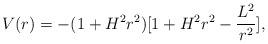
LaTeX: \begin{align*}V(r)=-(1+H^2r^2)[1+H^2r^2-\frac{L^2}{r^2}],\end{align*}